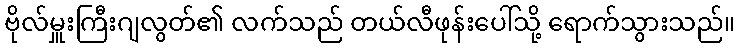
ဗိုလ်မှူးကြီးဂျလွတ်၏ လက်သည် တယ်လီဖုန်းပေါ်သို့ ရောက်သွားသည်။